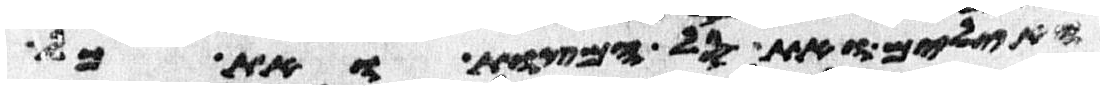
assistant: האילים ואת סל המצות ואת כל